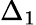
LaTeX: \Delta_{1}